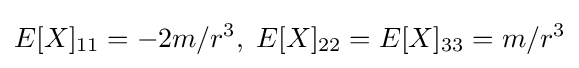
E[X]_{11}=-2m/r^{3},\;E[X]_{22}=E[X]_{33}=m/r^{3}